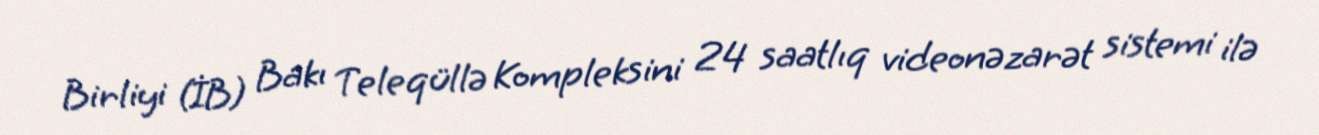
Birliyi (İB) Bakı Teleqüllə Kompleksini 24 saatlıq videonəzarət sistemi ilə